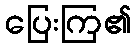
ပြေးကြ၏